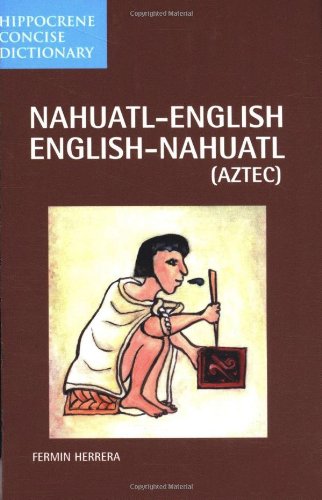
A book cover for Nahuatl-English English-Nahuatl Concise Dictionary (Hippocrene Concise Dictionary); Fermin Herrera; Travel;